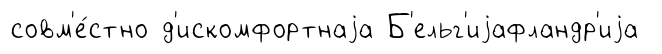
совм'е́стно д'искомфортнаjа Б'ельг'иjафландр'иjа